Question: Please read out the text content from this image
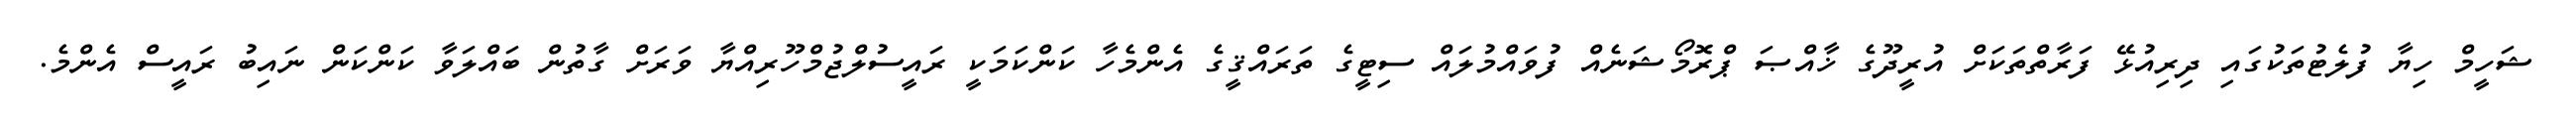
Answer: ޝަހީމް ހިޔާ ފުލެޓުތަކުގައި ދިރިއުޅޭ ފަރާތްތަކަށް އުރީދޫގެ ޚާއްޞަ ޕްރޮމޯޝަނެއް ފުވައްމުލައް ސިޓީގެ ތަރައްޤީގެ އެންމެހާ ކަންކަމަކީ ރައީސުލްޖުމްހޫރިއްޔާ ވަރަށް ގާތުން ބައްލަވާ ކަންކަން ނައިބު ރައީސް އެންމެ.